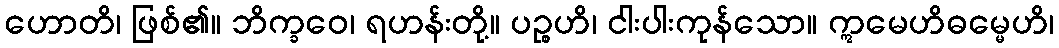
ဟောတိ၊ ဖြစ်၏။ ဘိက္ခဝေ၊ ရဟန်းတို့။ ပဉ္စဟိ၊ ငါးပါးကုန်သော။ ဣမေဟိဓမ္မေဟိ၊